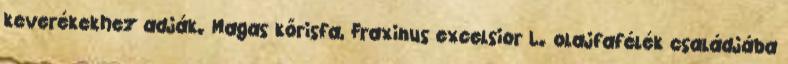
keverékekhez adják. Magas kőrisfa, Fraxinus excelsior L. olajfafélék családjába